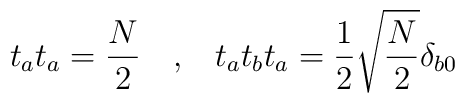
t_a t_a = \frac{N}{2} \quad \mbox{\rm ,} \quad t_a t_b t_a =\frac{1}{2} \sqrt{\frac{N}{2}} \delta_{b0}